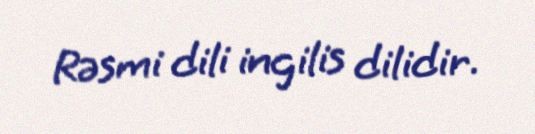
Rəsmi dili ingilis dilidir.